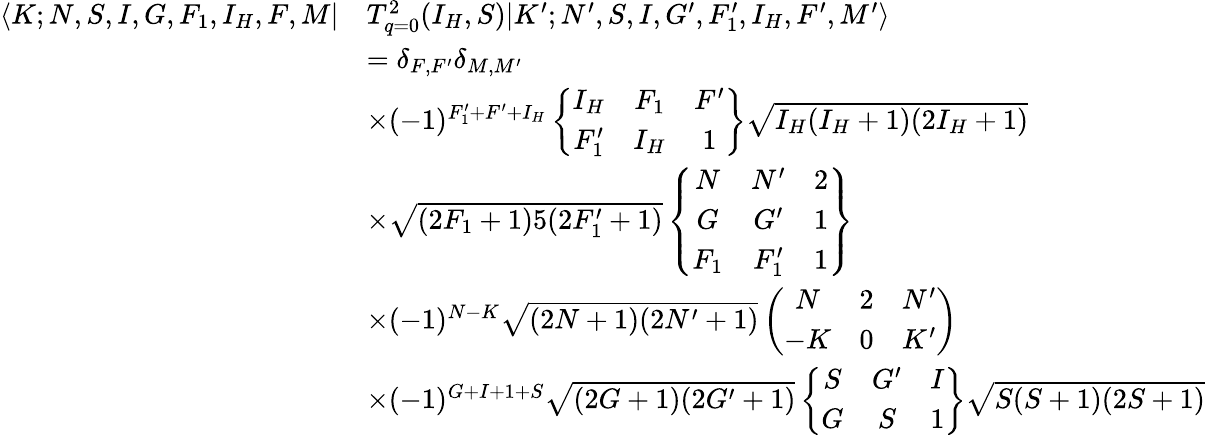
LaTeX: \begin{array}{rl}{\langle K;N,S,I,G,F_{1},I_{H},F,M|}&{T_{q=0}^{2}(I_{H},S)|K^{\prime};N^{\prime},S,I,G^{\prime},F_{1}^{\prime},I_{H},F^{\prime},M^{\prime}\rangle}\\ &{=\delta_{F,F^{\prime}}\delta_{M,M^{\prime}}}\\ &{\times(-1)^{F_{1}^{\prime}+F^{\prime}+I_{H}}\left\{ \begin{array}{ccc}{I_{H}}&{F_{1}}&{F^{\prime}}\\ {F_{1}^{\prime}}&{I_{H}}&{1}\end{array}\right\} \sqrt{I_{H}(I_{H}+1)(2I_{H}+1)}}\\ &{\times\sqrt{(2F_{1}+1)5(2F_{1}^{\prime}+1)}\left\{ \begin{array}{ccc}{N}&{N^{\prime}}&{2}\\ {G}&{G^{\prime}}&{1}\\ {F_{1}}&{F_{1}^{\prime}}&{1}\end{array}\right\} }\\ &{\times(-1)^{N-K}\sqrt{(2N+1)(2N^{\prime}+1)}\left(\begin{array}{ccc}{N}&{2}&{N^{\prime}}\\ {-K}&{0}&{K^{\prime}}\end{array}\right)}\\ &{\times(-1)^{G+I+1+S}\sqrt{(2G+1)(2G^{\prime}+1)}\left\{ \begin{array}{ccc}{S}&{G^{\prime}}&{I}\\ {G}&{S}&{1}\end{array}\right\} \sqrt{S(S+1)(2S+1)}}\end{array}